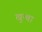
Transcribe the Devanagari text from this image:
खुत्बा